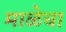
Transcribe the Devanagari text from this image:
माळेचा